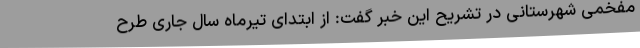
مفخمی شهرستانی در تشریح این خبر گفت: از ابتدای تیرماه سال جاری طرح